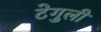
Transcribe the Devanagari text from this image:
टेगुली